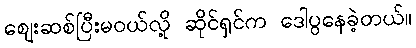
ဈေးဆစ်ပြီးမဝယ်လို့ ဆိုင်ရှင်က ဒေါပွနေခဲ့တယ်။